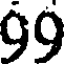
99